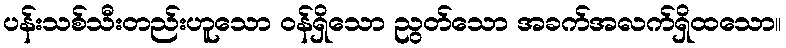
ပန်းသစ်သီးတည်းဟူသော ဝန်ရှိသော ညွတ်သော အခက်အလက်ရှိထသော။